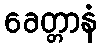
ခေတ္တာနံ